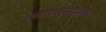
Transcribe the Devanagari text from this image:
ऋग्यजुसामके